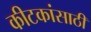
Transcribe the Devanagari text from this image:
कीटकांसाठी